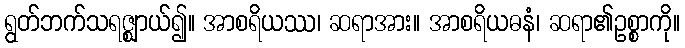
ရွတ်ဘက်သရဇ္ဈာယ်၍။ အာစရိယဿ၊ ဆရာအား။ အာစရိယဓနံ၊ ဆရာ၏ဥစ္စာကို။